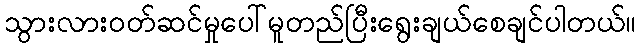
သွားလားဝတ်ဆင်မှုပေါ်မူတည်ပြီးရွေးချယ်စေချင်ပါတယ်။